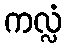
ကလ္လံ